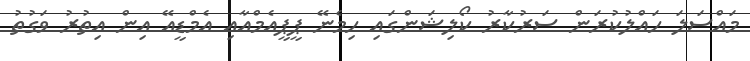
މައްސަލަ ހައްލުކުރަން ސަރުކާރު ކޯލިޝަންގައި ހިމެނޭ ޕީޕީއެމްއާއި އެމްޑީއޭ އިން އިތުރު ވަގުތު